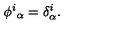
\phi ^ { i } { } _ { \alpha } = \delta _ { \alpha } ^ { i } .